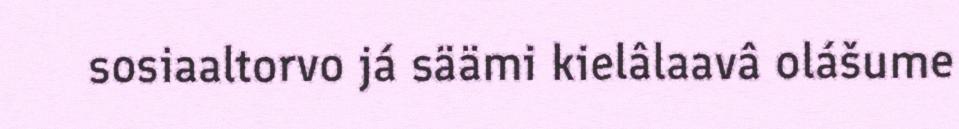
sosiaaltorvo já säämi kielâlaavâ olášume